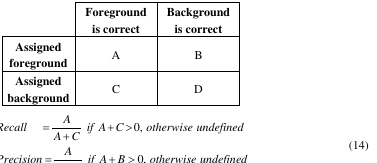
|  | Foreground is correct | Background is correct |
 | --- | --- | --- |
 | Assigned foreground | A | B |
 | Assigned background | C | D |